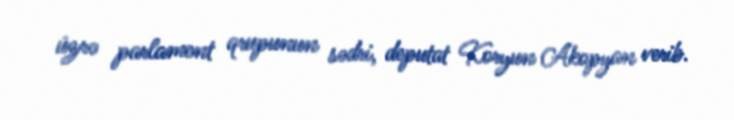
üzrə parlament qrupunun sədri, deputat Koryun Akopyan verib.